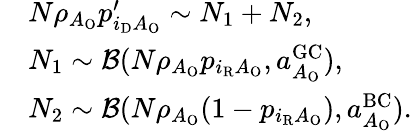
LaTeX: \begin{array}{rl}&{N\rho_{A_{\mathrm{O}}}p_{i_{\mathrm{D}}A_{\mathrm{O}}}^{\prime}\sim N_{1}+N_{2},}\\ &{N_{1}\sim{\cal B}(N\rho_{A_{\mathrm{O}}}p_{i_{\mathrm{R}}A_{\mathrm{O}}},a_{A_{\mathrm{O}}}^{\mathrm{GC}}),}\\ &{N_{2}\sim{\cal B}(N\rho_{A_{\mathrm{O}}}(1-p_{i_{\mathrm{R}}A_{\mathrm{O}}}),a_{A_{\mathrm{O}}}^{\mathrm{BC}}).}\end{array}